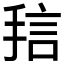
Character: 𱠅